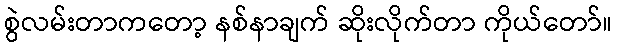
စွဲလမ်းတာကတော့ နစ်နာချက် ဆိုးလိုက်တာ ကိုယ်တော်။